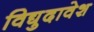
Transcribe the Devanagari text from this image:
विद्युदावेश